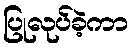
ပြုလုပ်ခဲ့ကာ